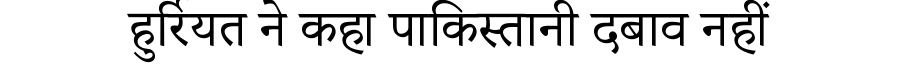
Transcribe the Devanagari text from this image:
हुर्रियत ने कहा पाकिस्तानी दबाव नहीं